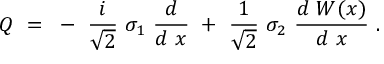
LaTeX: { \cal Q } ~ = ~ - ~ { \frac { i } { \sqrt { 2 } } } ~ \sigma _ { 1 } ~ { \frac { d } { d ~ x } } ~ + ~ { \frac { 1 } { \sqrt { 2 } } } ~ \sigma _ { 2 } ~ { \frac { d ~ W ( x ) } { d ~ x } } ~ .